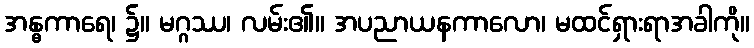
အန္ဓကာရေ၊ ၌။ မဂ္ဂဿ၊ လမ်း၏။ အပညာယနကာလော၊ မထင်ရှားရာအခါကို။